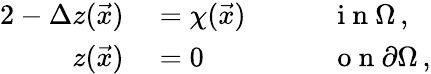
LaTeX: \begin{array}{rlrl}{{2}-\Delta z(\vec{x})}&{{}=\chi(\vec{x})\quad}&{}&{{}\mathrm{~i~n~}\Omega\, ,}\\ {z(\vec{x})}&{{}=0\quad}&{}&{{}\mathrm{~o~n~}\partial\Omega\, ,}\end{array}